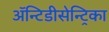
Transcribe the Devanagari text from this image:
ॲन्टिडीसेन्ट्रिका